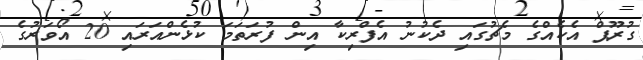
ގުރޫޕް އެކެއްގެ މެޗުގައި ދެކުނު އެފްރިކާ އިން ފުރަތަމަ ކުޅެންއަރައި 20 އޯވަރުގެ